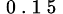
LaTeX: _\mathrm{~0~.~1~5~}